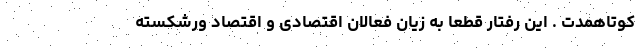
کوتاهمدت . این رفتار قطعا به زیان فعالان اقتصادی و اقتصاد ورشکسته